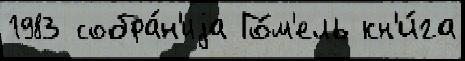
1983 собра́н'иjа Го́м'ель кн'и́га